Report of the Hyderabad Chloroform Commission
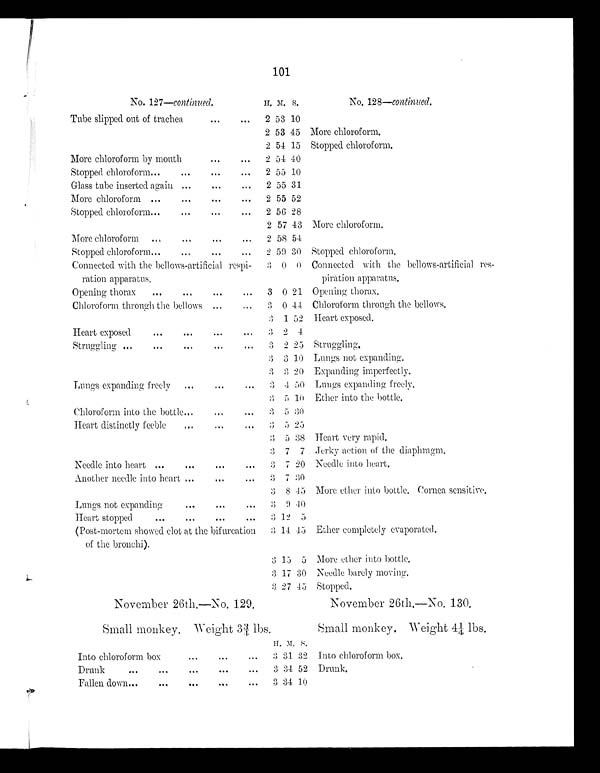
101
No. 127—continued.
H. M. S.
No. 128—continued.
Tube slipped out of trachea
2 53 10
2 53 45 More chloroform.
2 54 15 Stopped chloroform.
More chloroform by mouth
2 54 40
Stopped chloroform
2 55 10
Glass tube inserted again
2 55 31
More chloroform
2 55 52
Stopped chloroform
2 56 28
2 57 43 More chloroform.
More chloroform
2 58 54
Stopped chloroform
2 59 30 Stopped chloroform.
Connected with the bellows-artificial respi
¬ration apparatus.
3 0 0 Connected with the bellows-artificial res
¬piration apparatus.
Opening thorax
3 0 21 Opening thorax.
Chloroform through the bellows
3
0 44 Chloroform through the bellows.
3
1 52 Heart exposed.
Heart exposed
3
2 4
Struggling
3
2 25 Struggling.
3 3 10 Lungs not expanding.
3
3 20 Expanding imperfectly.
Lungs expanding freely
3 4 50 Lungs expanding freely.
3
5 10
Ether into the bottle.
Chloroform into the bottle
3
5 30
Heart distinctly feeble
3 5 25
3 5 38 Heart very rapid.
3
7
7 Jerky action of the diaphragm.
Needle into heart
3 7 20 Needle into heart.
Another needle into heart
3 7 30
3
8 45 More ether into bottle. Cornea sensitive.
Lungs not expanding
3
9 40
Heart stopped
3
12
5
(Post-mortem showed clot at the bifurcation
of the bronchi).
3
14 45
Ether completely evaporated.
3
15 5 More ether into bottle.
3
17 30 Needle barely moving.
3
27 45 Stopped.
November 26th.—No. 129.
November 26th.—No. 130.
Small monkey. Weight 33/4 lbs.
Small monkey. Weight 41/4 lbs.
H. M. S.
Into chloroform box
3 31 32 Into chloroform box.
Drunk
3 34 52 Drunk.
Fallen down
3 34 10